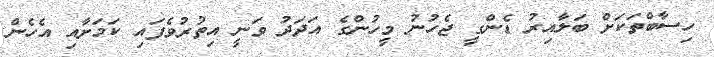
ހިސާބްތަކަށް ބަލާއިރު ޑެންގީ ޖެހުނު މީހުންގެ އަދަދު ވަނީ އިތުރުވެފައި ކަމަށާއި އެހެން